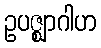
ဥပဇ္ဈာဂါဟ